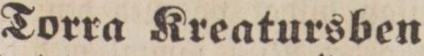
Torra Kreatursben